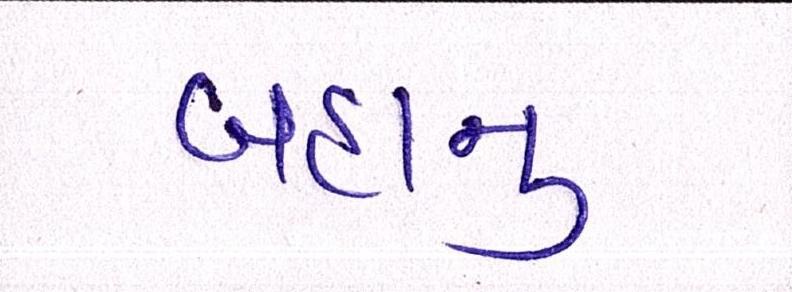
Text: બહાનું